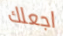
اجعلك